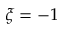
\xi = - 1